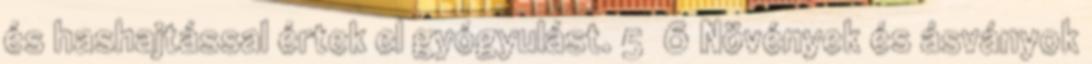
és hashajtással értek el gyógyulást. 5 6 Növények és ásványok